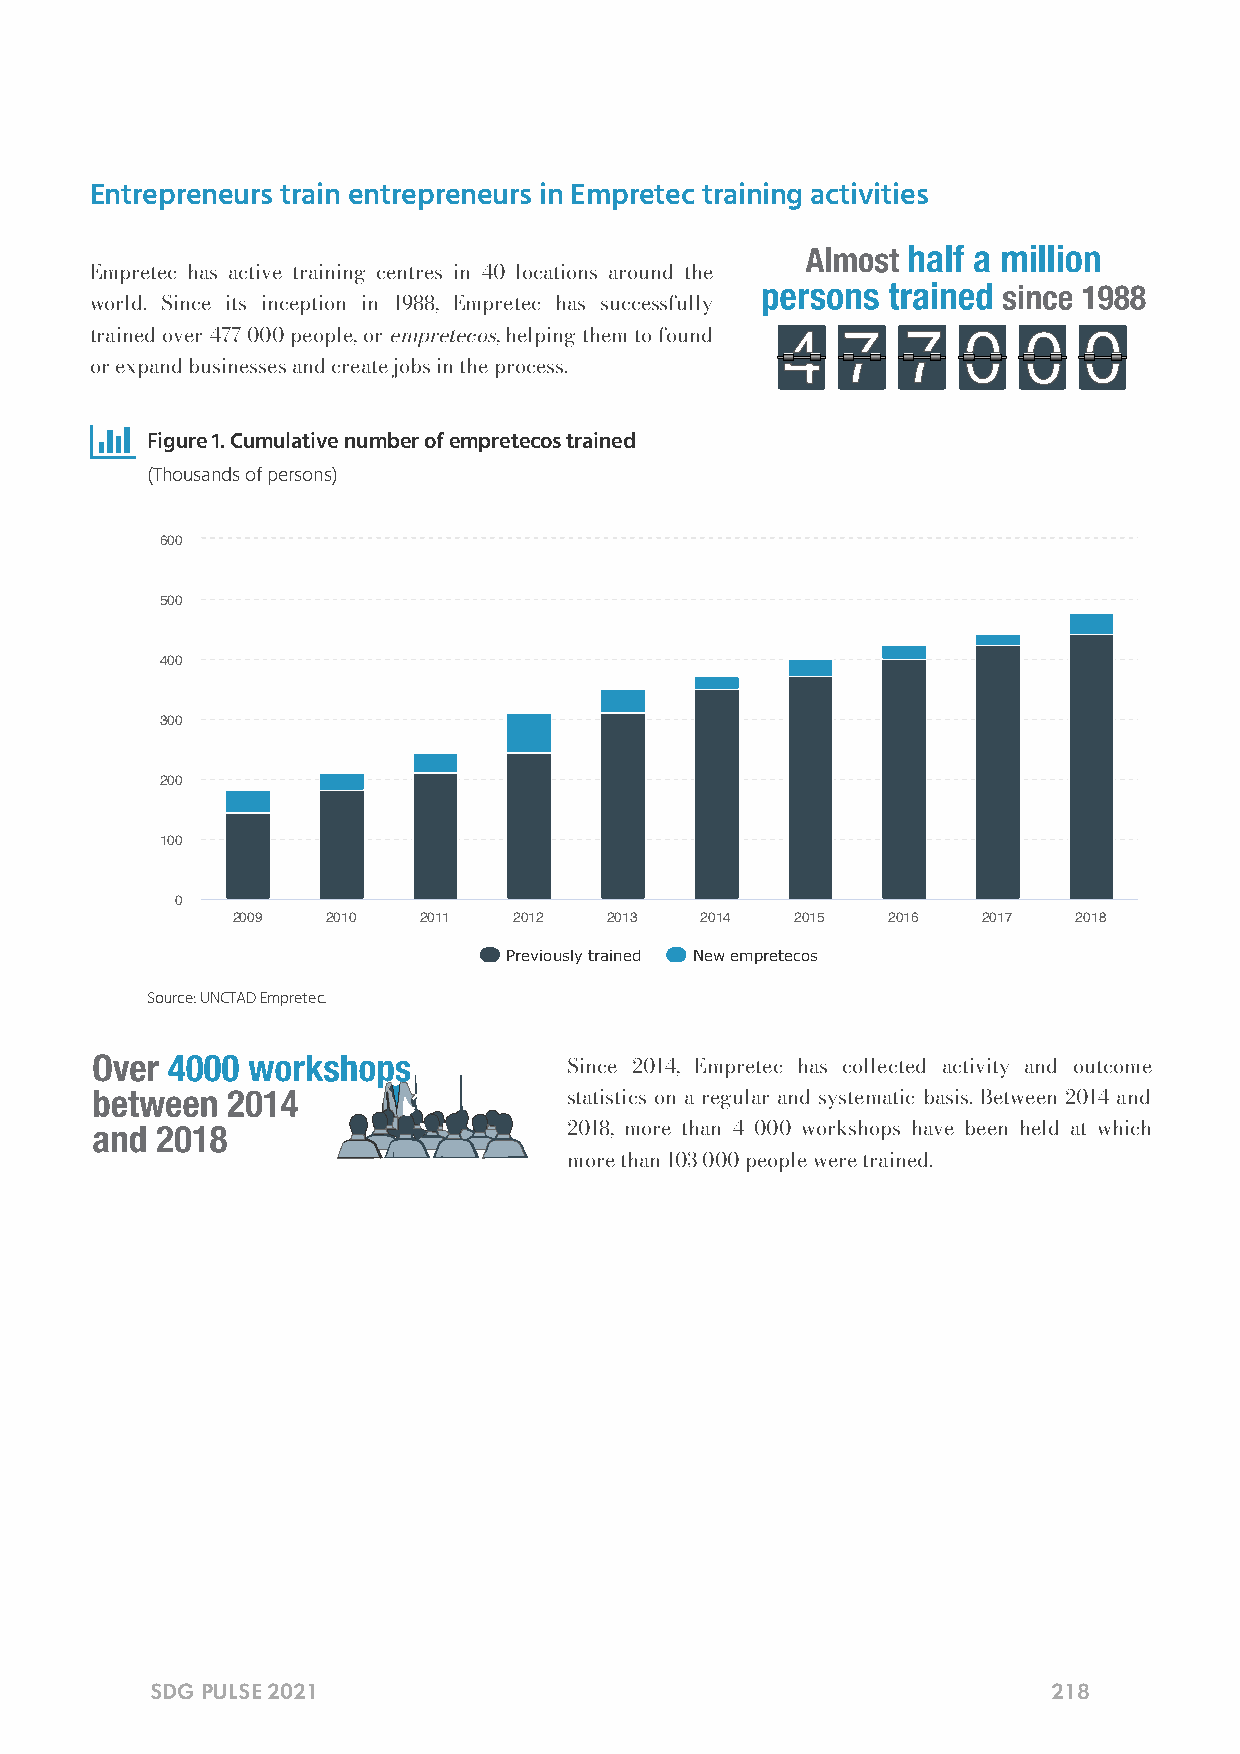
Entrepreneurs train entrepreneurs in Empretec training activities
 Empretec has active training centres in 40 locations around the
 world. Since its inception in 1988, Empretec has successfully
 trained over 477 000 people, or empretecos, helping them to found
 or expand businesses and create jobs in the process.
 
 Figure 1. Cumulative number of empretecos trained
 (Thousands of persons)
 600
 500
 400
 300
 200
 100
 0
 2009   2010  2011  2012  2013  2014   2015  2016  2017  2018
 Previously trained New empretecos
 Source: UNCTAD Empretec.
 Since 2014, Empretec has collected activity and outcome
 statistics on a regular and systematic basis. Between 2014 and
 2018, more than 4 000 workshops have been held at which
 more than 103 000 people were trained.
 SDG PULSE 2021                                              218